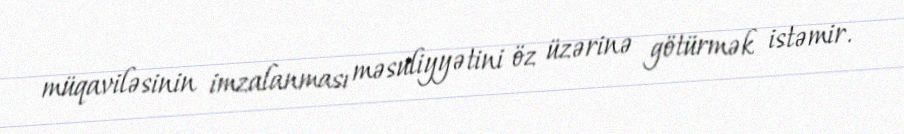
müqaviləsinin imzalanması məsuliyyətini öz üzərinə götürmək istəmir.